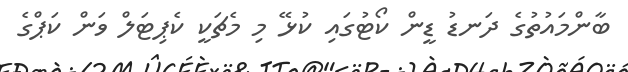
ބާންމައުތުގެ ދަނޑު ޑީން ކޯޓުގައި ކުޅޭ މި މެޗަކީ ކެޕިޓަލް ވަން ކަޕްގެ